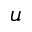
\boldsymbol u